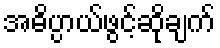
အဓိပ္ပာယ်ဖွင့်ဆိုချက်